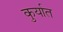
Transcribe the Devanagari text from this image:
कुर्यात